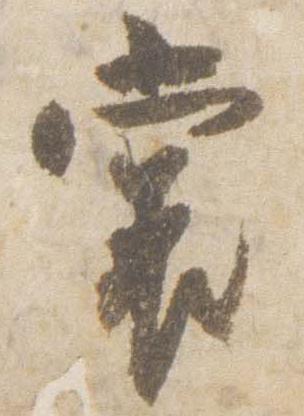
裳